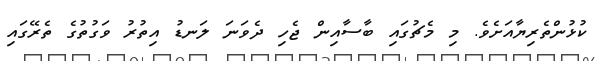
ކުޅުންތެރިޔާއަށެވެ. މި މެޗުގައި ބާސާއިން ޖެހި ދެވަނަ ލަނޑު އިތުރު ވަގުތުގެ ތެރޭގައި